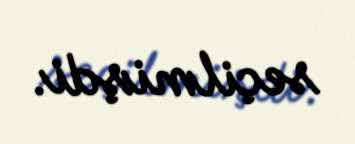
seçilmişdi.